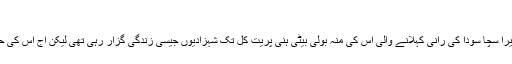
10:56 AM, 7 Dec, 2017
نئی دلی: بھارت کے بدنام زمانہ گروگرمیت کے ڈیرا سچا سودا کی رانی کہلانے والی اس کی منہ بولی بیٹی ہنی پریت کل تک شہزادیوں جیسی زندگی گزار رہی تھی لیکن آج اس کی حالت یہ ہے کہ کوڑی کوڑی کو محتاج ہو گئی ہے۔